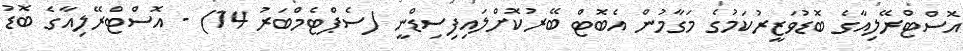
އޮސްޓްރޭލިއާގެ ބޮޑުވަޒީރުކަމުގެ މަގާމުން އެބޮޓް ބޭރުކޮށްލައިފިސިޑްނީ (ސެޕްޓެމްބަރު 14) - އޮސްޓްރޭލިއާގެ ބޮޑު